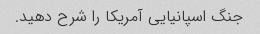
جنگ اسپانیایی آمریکا را شرح دهید.